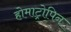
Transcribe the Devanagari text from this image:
होमाट्रोपिन